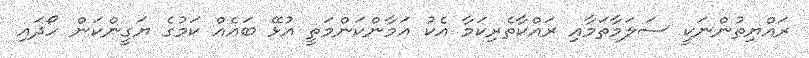
ރައްޔިތުންނަކީ ސަލަމާތަމާއި ރައްކާތެރިކަމާ އެކު އަމާންކަންމަތީ އުޅޭ ބައެއް ކަމުގެ ޔަގީންކަން ހޯދައި